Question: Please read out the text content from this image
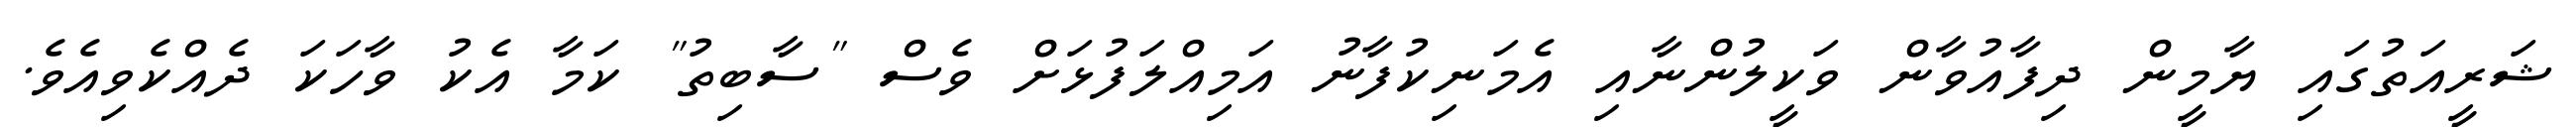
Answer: ޝަރީއަތުގައި ޔާމީން ދިފާއުވާން ވަކީލުންނާއި އެމަނިކުފާނު އަމިއްލަފުޅަށް ވެސް "ސާބިތު" ކަމާ އެކު ވާހަކަ ދެއްކެވިއެވެ.